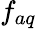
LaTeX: f_{aq}